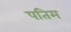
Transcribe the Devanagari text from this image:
पतिम